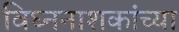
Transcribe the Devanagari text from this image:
विघ्ननाशकांच्या